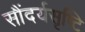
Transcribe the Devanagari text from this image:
सौंदर्यसृष्टि